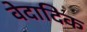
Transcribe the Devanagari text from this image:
वेदादिक